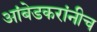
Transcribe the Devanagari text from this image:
आंबेडकरांनीच